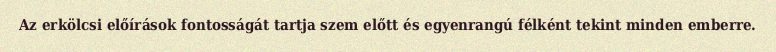
Az erkölcsi előírások fontosságát tartja szem előtt és egyenrangú félként tekint minden emberre.